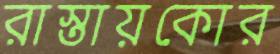
রাস্তায়কোর